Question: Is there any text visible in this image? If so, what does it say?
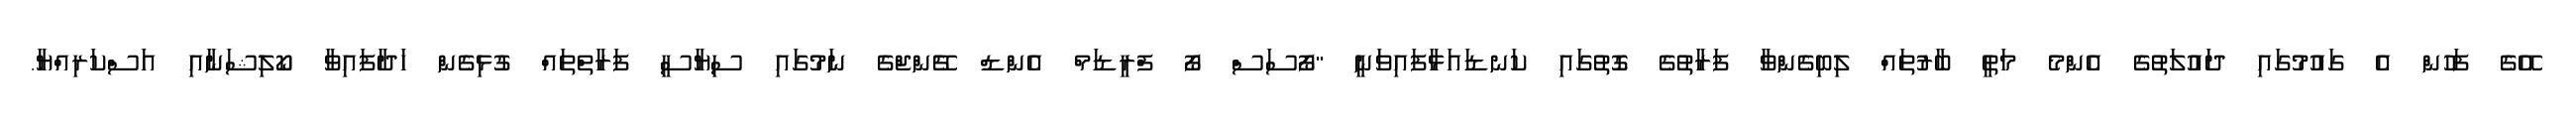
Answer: އޭގެ ފަހުން އެ ގައުމުގައި ދައުލަތުގެ އެންމެ މަތީ ބާރުތައް ލިބިގެންވާ ފަރާތުގެ ގޮތުގައި ކަނޑައަޅާފައިވަނީ "ފޯސަސް ފޯ ފްރީޑަމް އެންޑް ޗޭންޖްގެ ނަމުގައި ސިޔާސީ ފަރާތްތައް ގުޅިގެން ހަދާފައިވާ ކޯލިޝަނާއި އަސްކަރިއްޔާ.